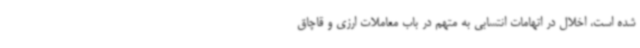
شده است، اخلال در اتهامات انتسابی به متهم در باب معاملات ارزی و قاچاق